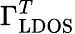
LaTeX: \Gamma_{\mathrm{LDOS}}^{T}